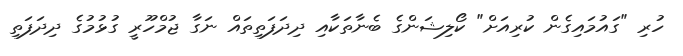
ހުރި "ގައުމައިގެން ކުރިއަށް" ކޯލިޝަންގެ ބެނާތަކާއި ދިދަފަތިތައް ނަގާ ޖުމްހޫރީ ގުޅުމުގެ ދިދަފަތި